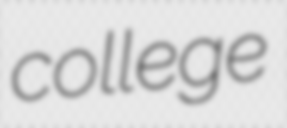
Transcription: college